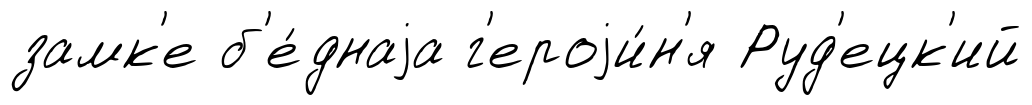
замк'е б'е́днаjа г'ероjи́н'я Руд'ецк'ий